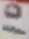
Text: 10